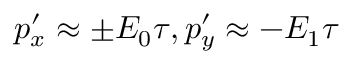
p _ { x } ^ { \prime } \approx \pm E _ { 0 } \tau , p _ { y } ^ { \prime } \approx - E _ { 1 } \tau